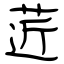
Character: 菦